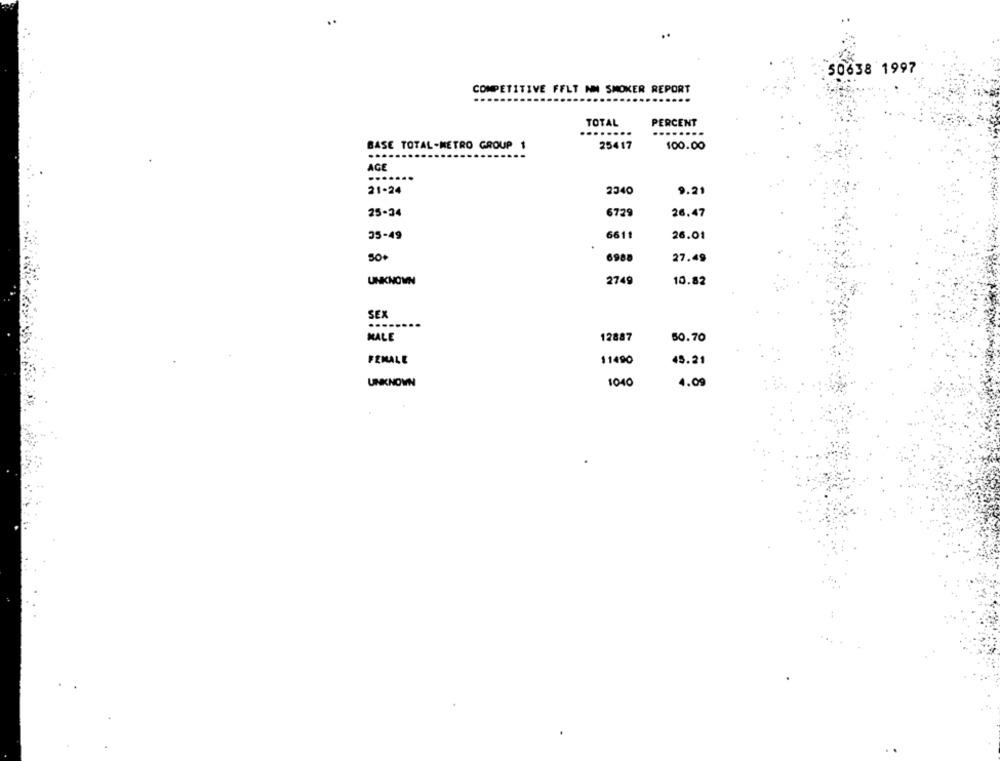
...
: 50638 1997
COMPETITIVE FFLT NM SMOKER REPORT
TOTAL
PERCENT
........
.......
25417
BASE TOTAL-METRO GROUP 1
100.00
AGE
21.24
2340
9.21
25-34
6729
26.47
35-49
6611
26.01
50+
6988
27.49
UNKNOWN
2749
10.82
SEX
12887
MALE
50.70
FEMALE
11490
45.21
UNKNOWN
1040
4.09